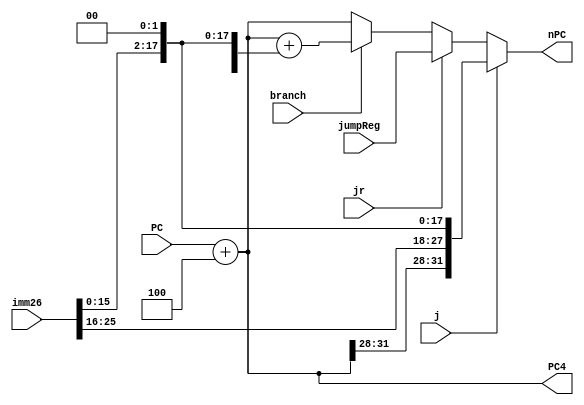
`timescale 1ns / 1ps

module NPC(
	input branch,
	input j,
	input jr,
	input [31:0] jumpReg,
    input [31:0] PC,
    input [25:0] imm26,
    output [31:0] PC4,
    output reg [31:0] nPC
    );

	assign PC4=PC+32'h4;
	always@(*)begin
		if(j)begin
			nPC={PC4[31:28],imm26,2'b0};
		end
		else if(jr)begin
			nPC=jumpReg;
		end
		else if(branch)begin
			nPC=PC4+{{14{imm26[15]}},imm26[15:0],2'b0};
		end
		else begin
			nPC=PC4;
		end
	end

endmodule